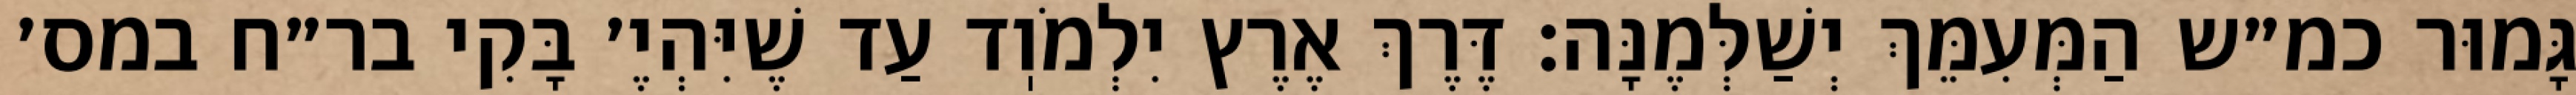
גָּמוּר כמ״ש הַמְּעִמֵּךְ יְשַׁלְּמֶנָּה: דֶּרֶךְ אֶרֶץ יִלְמֹוֽד עַד שֶׁיִּהְיֶ׳ בָּקִי בר״ח במס׳